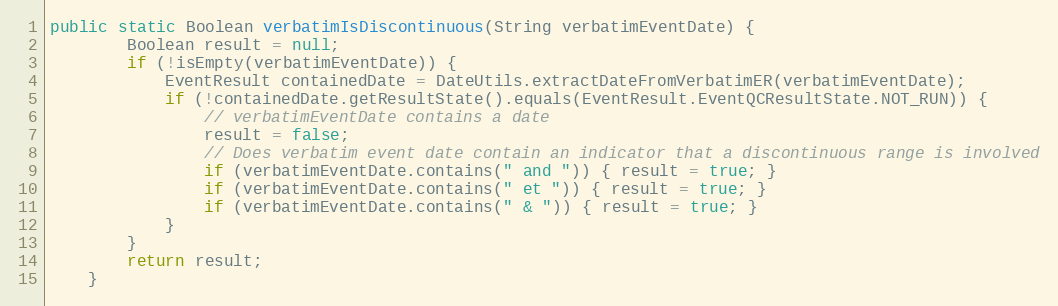
Language: Java
public static Boolean verbatimIsDiscontinuous(String verbatimEventDate) {
		Boolean result = null;
		if (!isEmpty(verbatimEventDate)) {
			EventResult containedDate = DateUtils.extractDateFromVerbatimER(verbatimEventDate);
			if (!containedDate.getResultState().equals(EventResult.EventQCResultState.NOT_RUN)) {
				// verbatimEventDate contains a date
				result = false;
				// Does verbatim event date contain an indicator that a discontinuous range is involved
				if (verbatimEventDate.contains(" and ")) { result = true; }
				if (verbatimEventDate.contains(" et ")) { result = true; }
				if (verbatimEventDate.contains(" & ")) { result = true; }
			}
		}
		return result;
	}